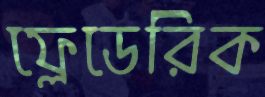
ফ্রেডেরিক